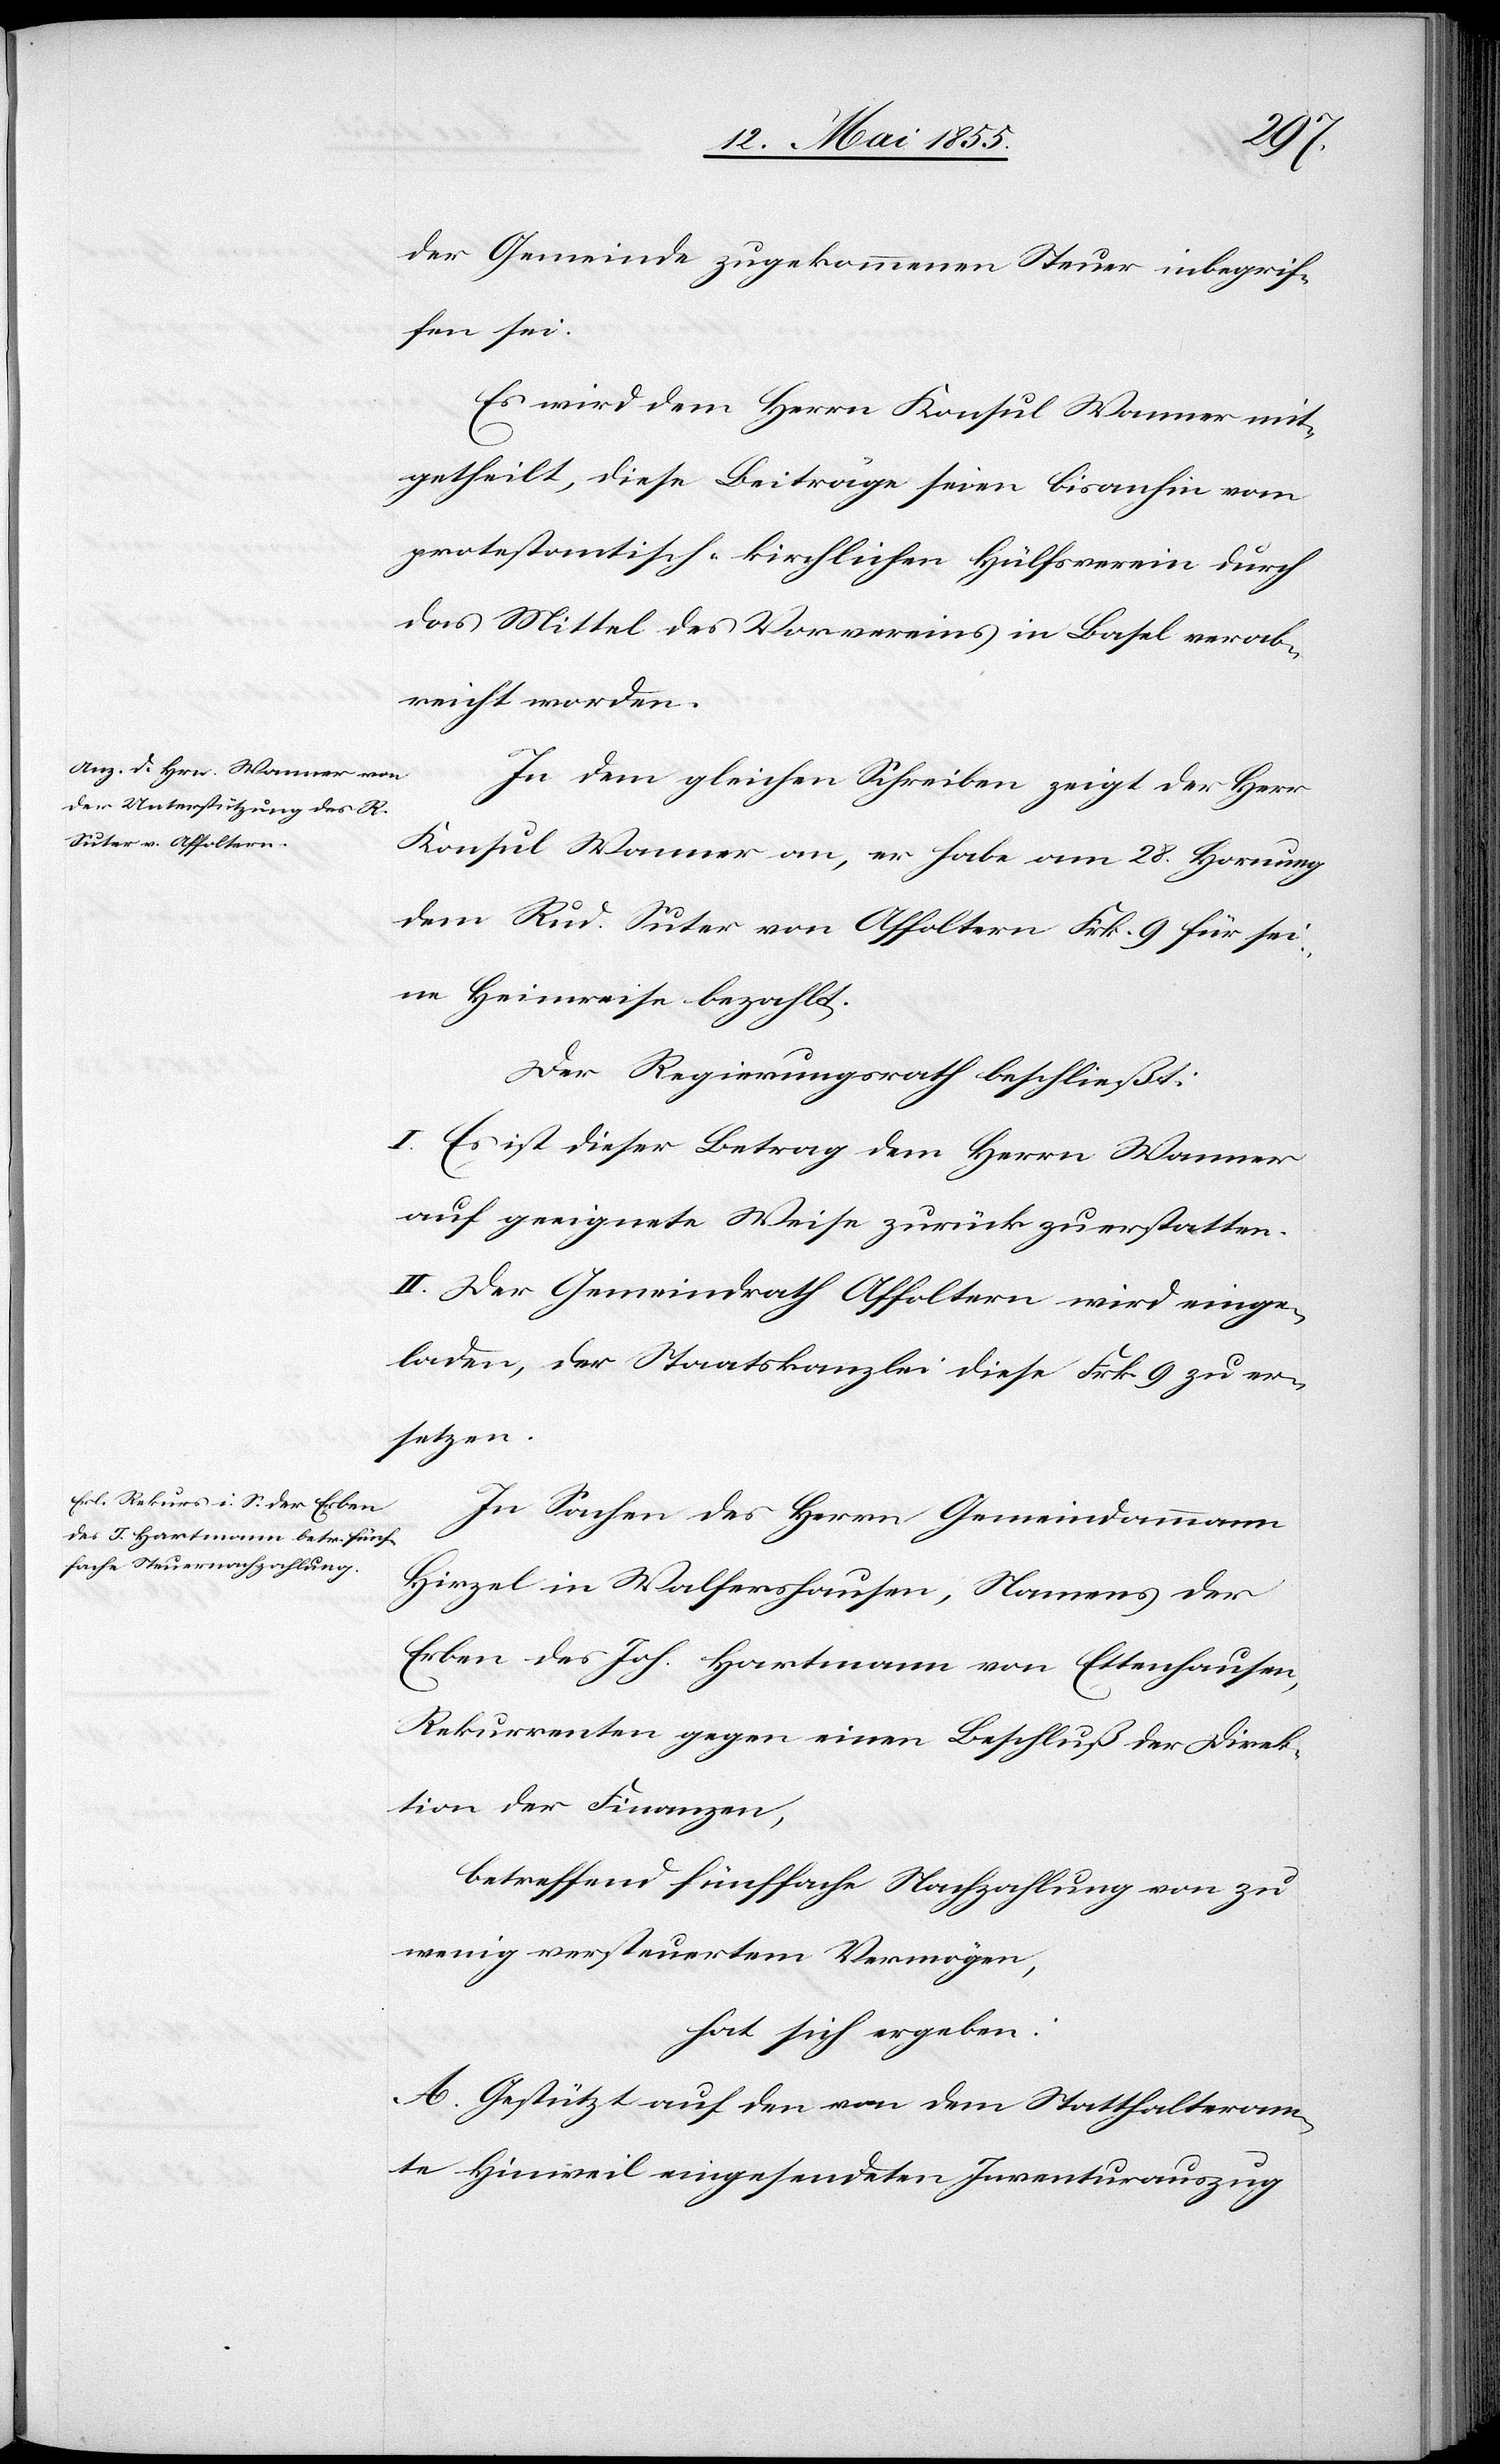
der Gemeinde zugekommenen Steuer inbegrif¬
fen sei.
Es wird dem Herrn Konsul Wanner mit¬
getheilt, diese Beiträge seien bisanhin vom
protestantisch-kirchlichen Hülfsverein durch
das Mittel des Vorvereins in Basel verab¬
reicht worden.
In dem gleichen Schreiben zeigt der Herr
Konsul Wanner an, er habe am 28. Hornung
dem Rud. Suter von Affoltern Frk. 9 für sei¬
ne Heimreise bezahlt.
Der Regierungsrath beschließt:
I. Es ist dieser Betrag dem Herrn Wanner
auf geeignete Weise zurück zu erstatten.
II. Der Gemeindrath Affoltern wird einge¬
laden, der Staatskanzlei diese Frk. 9 zu er¬
setzen.
In Sachen des Herrn Gemeindammann
Hirzel in Walfershausen, Namens der
Erben des Joh. Hartmann von Ettenhausen,
Rekurrenten gegen einen Beschluß der Direk¬
tion der Finanzen,
betreffend fünffache Nachzahlung von zu
wenig versteuertem Vermögen,
hat sich ergeben:
A. Gestützt auf den von dem Statthalteram¬
te Hinweil eingesendeten Inventurauszug